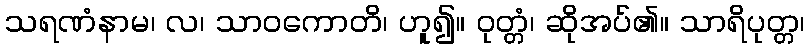
သရဏံနာမ၊ လ၊ သာဝကောတိ၊ ဟူ၍။ ဝုတ္တံ၊ ဆိုအပ်၏။ သာရိပုတ္တ၊